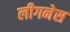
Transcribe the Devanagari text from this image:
लीगनेस